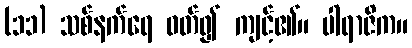
(၁၁) သစ်နက်ရေ ဝတ်၍ ကျင့်၏။ ပါရာဇိက။